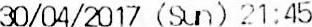
30/04/2017 (SUN) 21:45